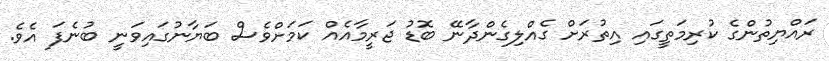
ރައްޔިތުންގެ ކުރިމަތީގައި އިތުރަށް ގެއްލިގެންދާނޭ ބޮޑު ޖަރީމާއެއް ކަމަށްވެސް ބަޔާނުގައިވަނީ ބުނެފަ އެވެ.